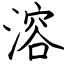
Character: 溶